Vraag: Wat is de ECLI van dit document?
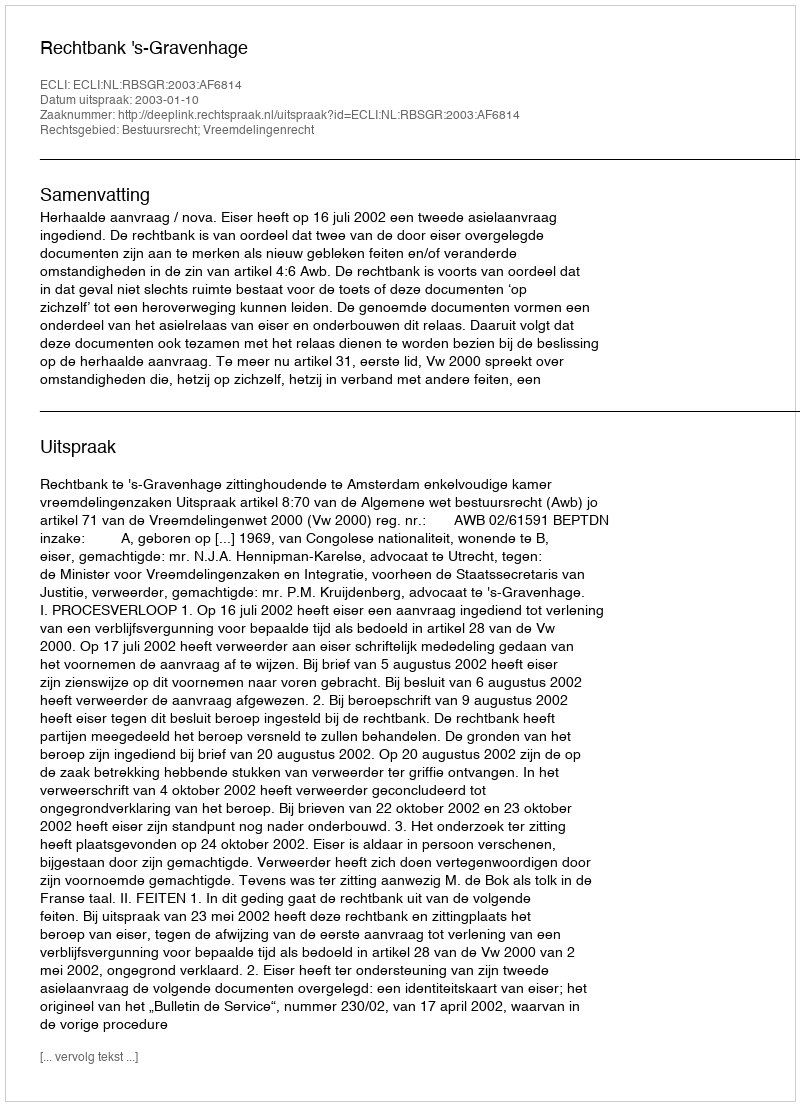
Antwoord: ECLI:NL:RBSGR:2003:AF6814